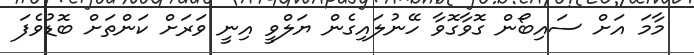
މާމަ އަށް ސައިބޯން ގޮވާގޮވާ ހޭނުލައިގެން ޔަލްވީ އިނީ ވަރަށް ކަންތަށް ބޮޑުވެފަ